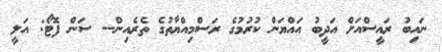
ނައިބު ރައީސްއަށް އަދީބު އައްޔަން ކުރުމުގެ ރަސްމިއްޔާތުގެ ތެރެއިން-- ސަން ފޮޓޯ: އަލީ